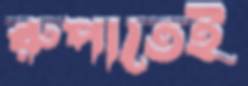
রুপাতেই